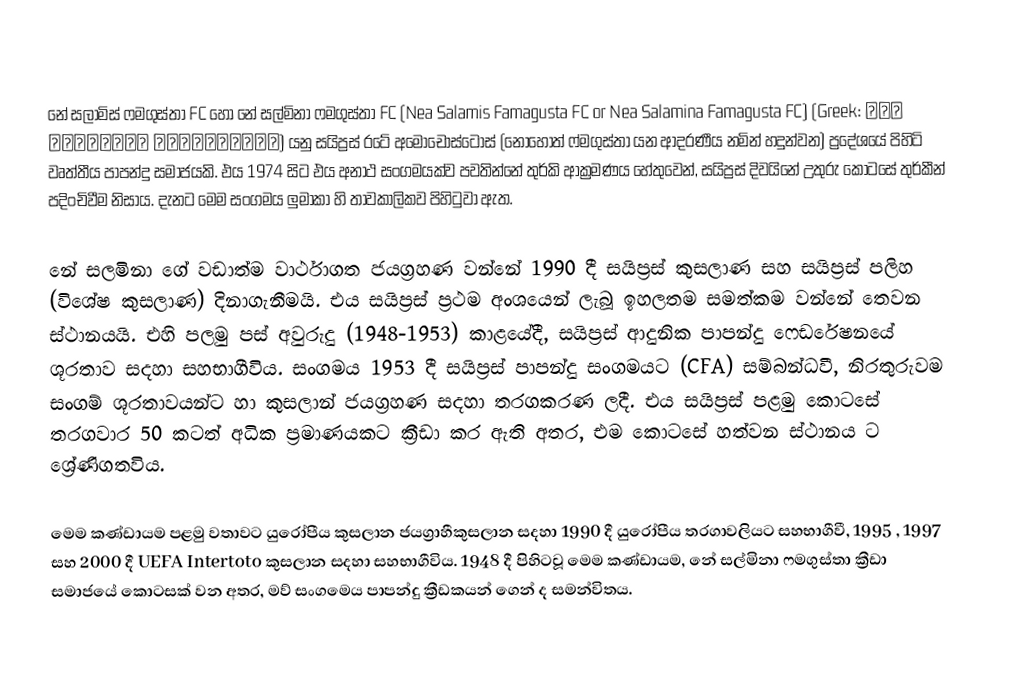
නේ සලාමිස් ෆමගුස්තා FC හෝ නේ සල්මිනා  ෆමගුස්තා FC (Nea Salamis Famagusta FC or Nea Salamina Famagusta FC) (Greek: Νέα Σαλαμίνα Αμμοχώστου) යනු සයිප්‍රස් රටේ අමොචොස්ටොස් (නොහොත්  ෆ්මගුස්තා යන ආදරණීය නමින් හදුන්වන)  ප්‍රදේශයේ  පිහිටි වෘත්තීය පාපන්දු සමාජයකි.  එය 1974 සිට එය අනාථ සංගමයක්ව පවතින්නේ තුර්කි ආක්‍රමණය හේතුවෙන්, සයිප්‍රස් දිවයිනේ උතුරු කොටසේ  තුර්කීන් පදිංචිවීම නිසාය. දැනට මෙම සංගමය ලුමාකා හි තාවකාලිකව පිහිටුවා ඇත.

නේ සලමිනා ගේ වඩාත්ම වාර්ථාගත ජයග්‍රහණ වන්නේ 1990 දී සයිප්‍රස් කුසලාණ සහ සයිප්‍රස් පලිහ (විශේෂ කුසලාණ) දිනාගැනීමයි.  එය සයිප්‍රස් ප්‍රථම අංශයෙන් ලැබූ ඉහලතම සමත්කම වන්නේ තෙවන ස්ථානයයි. එහි පලමු පස් අවුරුදු  (1948-1953) කාළයේදී, සයිප්‍රස් ආදුනික පාපන්දු ෆෙඩරේෂනයේ ශූරතාව සදහා සහභාගීවිය. සංගමය 1953 දී  සයිප්‍රස් පාපන්දු සංගමයට (CFA) සම්බන්ධවී, නිරතුරුවම සංගම් ශූරතාවයන්ට හා කුසලාන් ජයග්‍රහණ සදහා තරගකරණ ලදී. එය සයිප්‍රස් පළමු කොටසේ තරගවාර 50 කටත් අධික ප්‍රමාණයකට ක්‍රීඩා කර ඇති අතර, එම කොටසේ හත්වන ස්ථානය ට ශ්‍රේණිගතවිය.

මෙම කණ්ඩායම පළමු වතාවට යුරෝපීය කුසලාන ජයග්‍රාහීකුසලාන සදහා 1990 දී යුරෝපීය තරගාවලියට  සහභාගීවී, 1995 , 1997  සහ 2000 දී UEFA Intertoto කුසලාන සදහා සහභාගීවිය. 1948 දී පිහිටවූ මෙම කණ්ඩායම, නේ සල්මිනා ෆමගුස්තා ක්‍රීඩා සමාජයේ කොටසක් වන අතර, මව් සංගමෙය පාපන්දු ක්‍රීඩකයන් ගෙන් ද සමන්විතය.